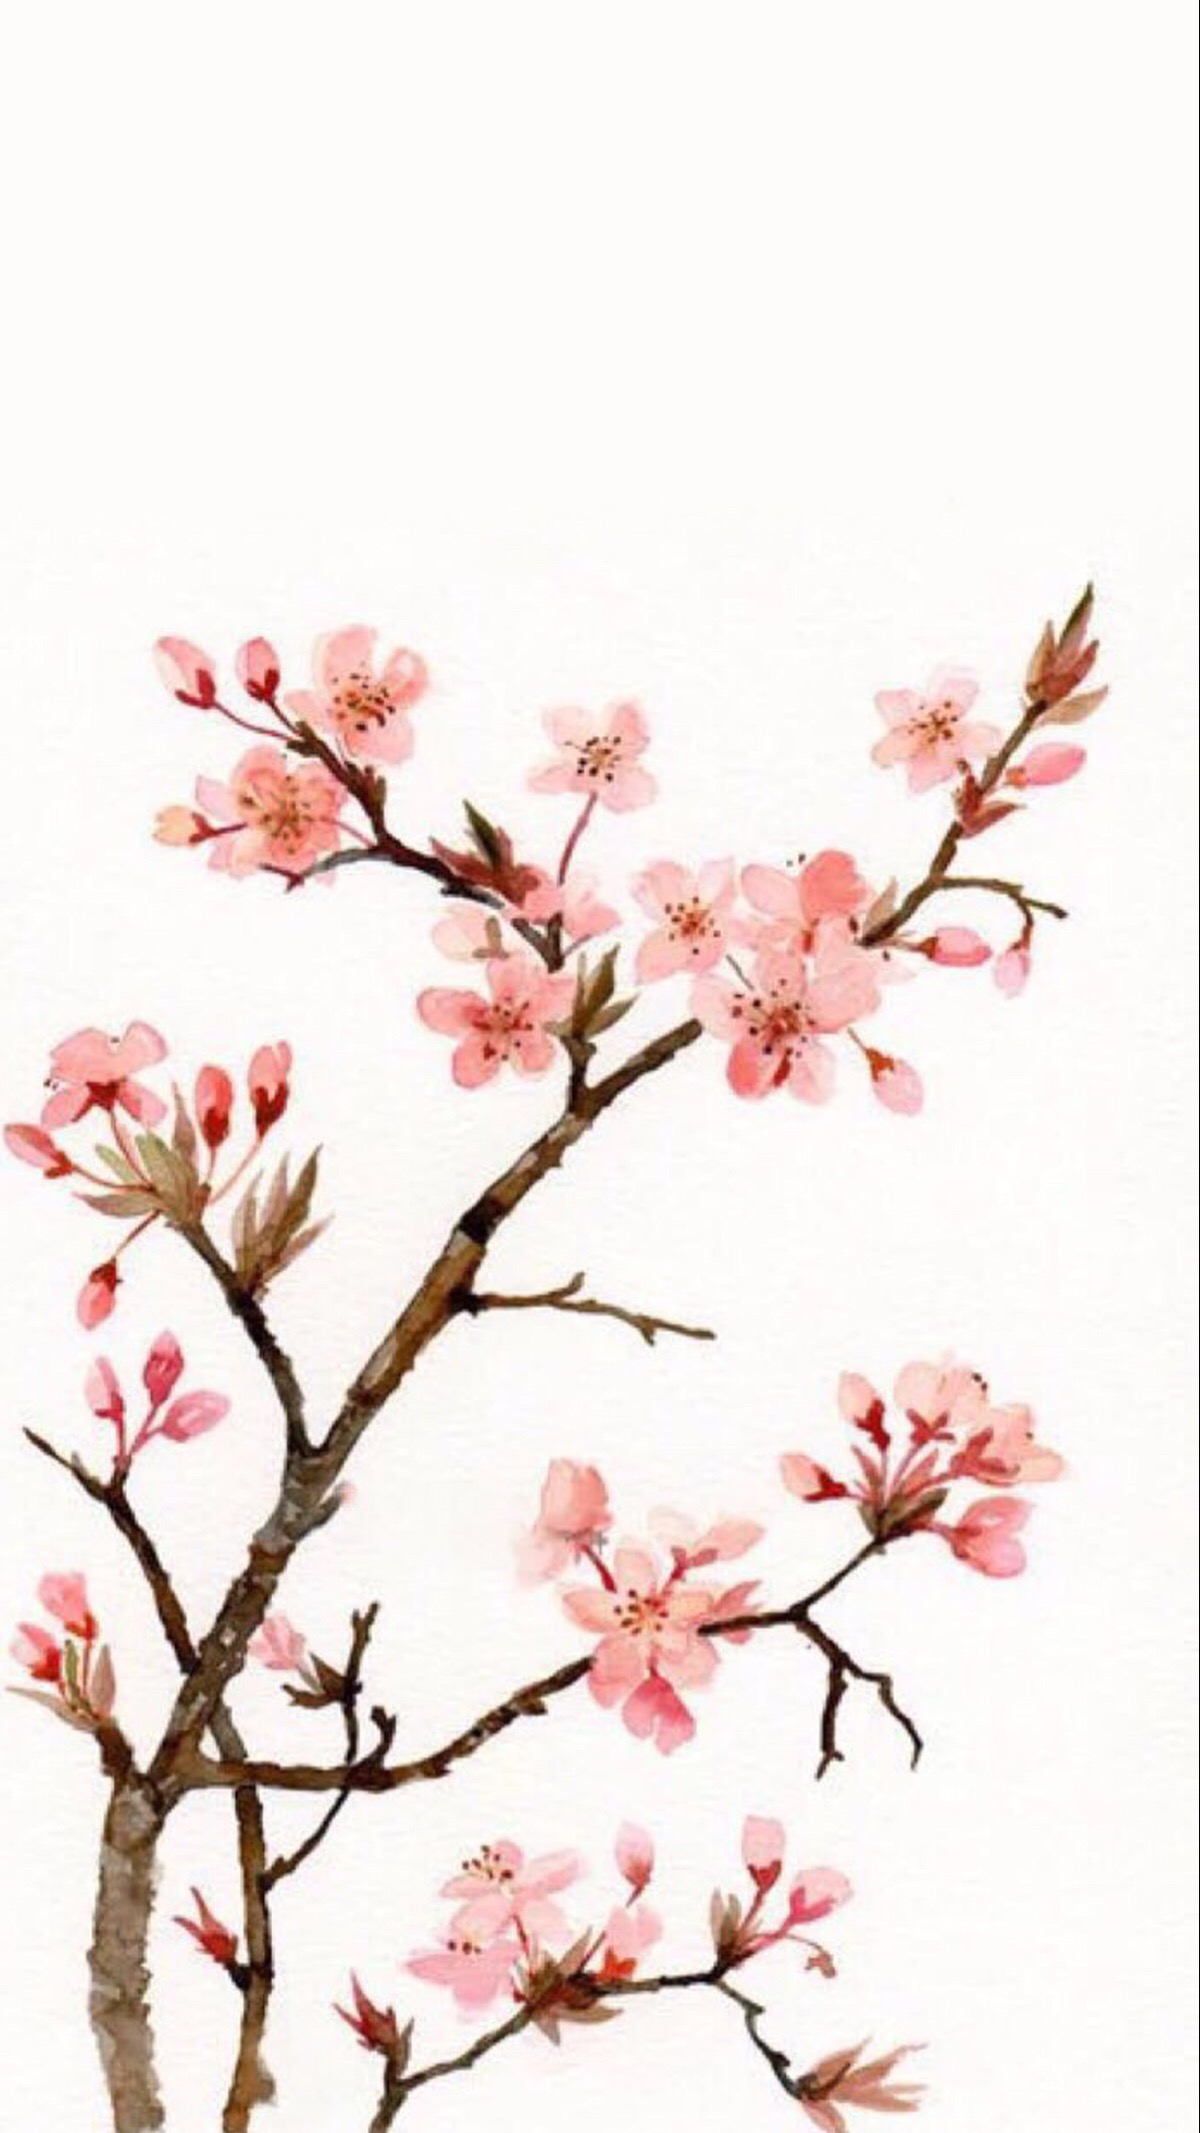
年年负却花期！过春时，只合安排愁绪送春归。